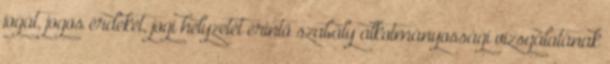
jogát, jogos érdekét, jogi helyzetét érintő szabály alkotmányossági vizsgálatának